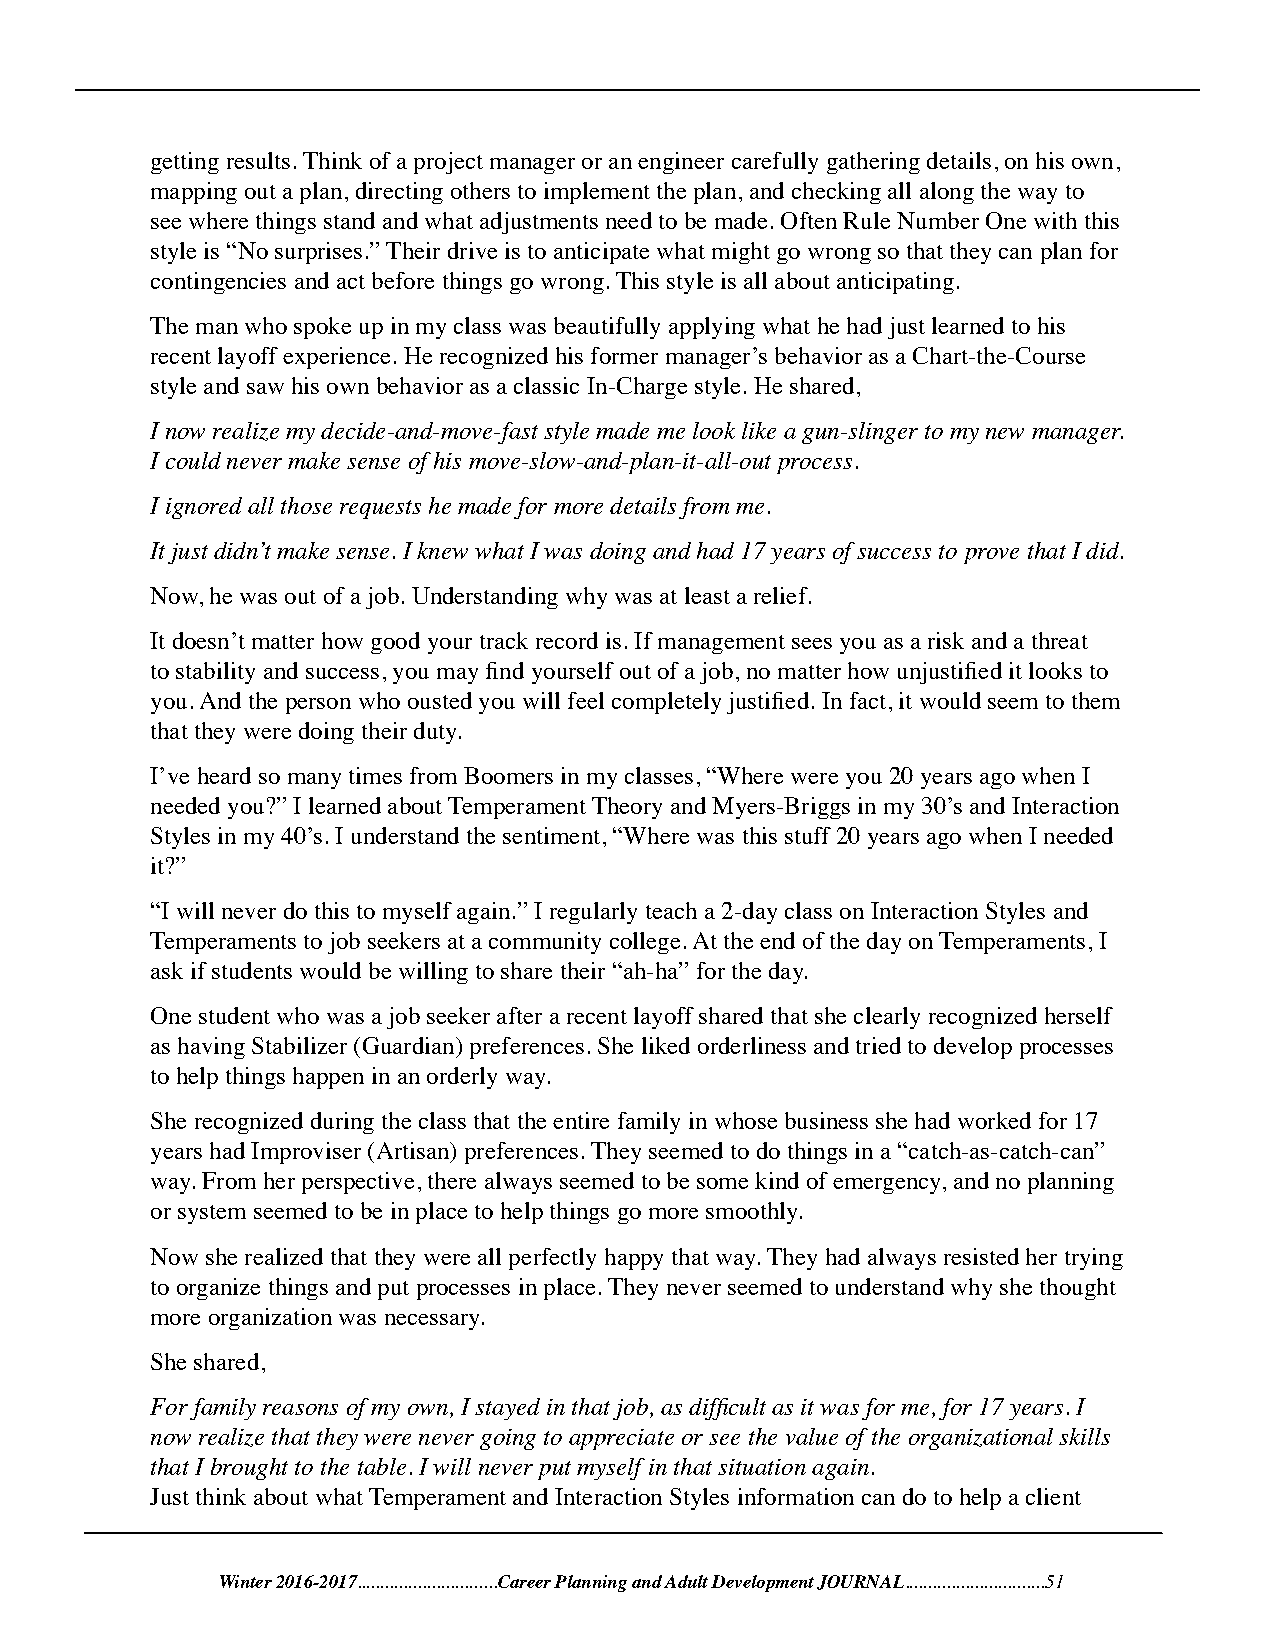
getting results. Think of a project manager or an engineer carefully gathering details, on his own,
 mapping out a plan, directing others to implement the plan, and checking all along the way to
 see where things stand and what adjustments need to be made. Often Rule Number One with this
 style is “No surprises.” Their drive is to anticipate what might go wrong so that they can plan for
 contingencies and act before things go wrong. This style is all about anticipating.
 The man who spoke up in my class was beautifully applying what he had just learned to his
 recent layoff experience. He recognized his former manager’s behavior as a Chart-the-Course
 style and saw his own behavior as a classic In-Charge style. He shared,
 I now realize my decide-and-move-fast style made me look like a gun-slinger to my new manager.
 I could never make sense of his move-slow-and-plan-it-all-out process.
 I ignored all those requests he made for more details from me.
 It just didn’t make sense. I knew what I was doing and had 17 years of success to prove that I did.
 Now, he was out of a job. Understanding why was at least a relief.
 It doesn’t matter how good your track record is. If management sees you as a risk and a threat
 to stability and success, you may find yourself out of a job, no matter how unjustified it looks to
 you. And the person who ousted you will feel completely justified. In fact, it would seem to them
 that they were doing their duty.
 I’ve heard so many times from Boomers in my classes, “Where were you 20 years ago when I
 needed you?” I learned about Temperament Theory and Myers-Briggs in my 30’s and Interaction
 Styles in my 40’s. I understand the sentiment, “Where was this stuff 20 years ago when I needed
 it?”
 “I will never do this to myself again.” I regularly teach a 2-day class on Interaction Styles and
 Temperaments to job seekers at a community college. At the end of the day on Temperaments, I
 ask if students would be willing to share their “ah-ha” for the day.
 One student who was a job seeker after a recent layoff shared that she clearly recognized herself
 as having Stabilizer (Guardian) preferences. She liked orderliness and tried to develop processes
 to help things happen in an orderly way.
 She recognized during the class that the entire family in whose business she had worked for 17
 years had Improviser (Artisan) preferences. They seemed to do things in a “catch-as-catch-can”
 way. From her perspective, there always seemed to be some kind of emergency, and no planning
 or system seemed to be in place to help things go more smoothly.
 Now she realized that they were all perfectly happy that way. They had always resisted her trying
 to organize things and put processes in place. They never seemed to understand why she thought
 more organization was necessary.
 She shared,
 For family reasons of my own, I stayed in that job, as difficult as it was for me, for 17 years. I
 now realize that they were never going to appreciate or see the value of the organizational skills
 that I brought to the table. I will never put myself in that situation again.
 Just think about what Temperament and Interaction Styles information can do to help a client
 Winter 2016-2017..............................Career Planning and Adult Development JOURNAL..............................51